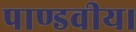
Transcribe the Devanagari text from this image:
पाण्डवीय।